Annual administration report of the Civil Veterinary Department of India - 1895-1896
Year: 1895
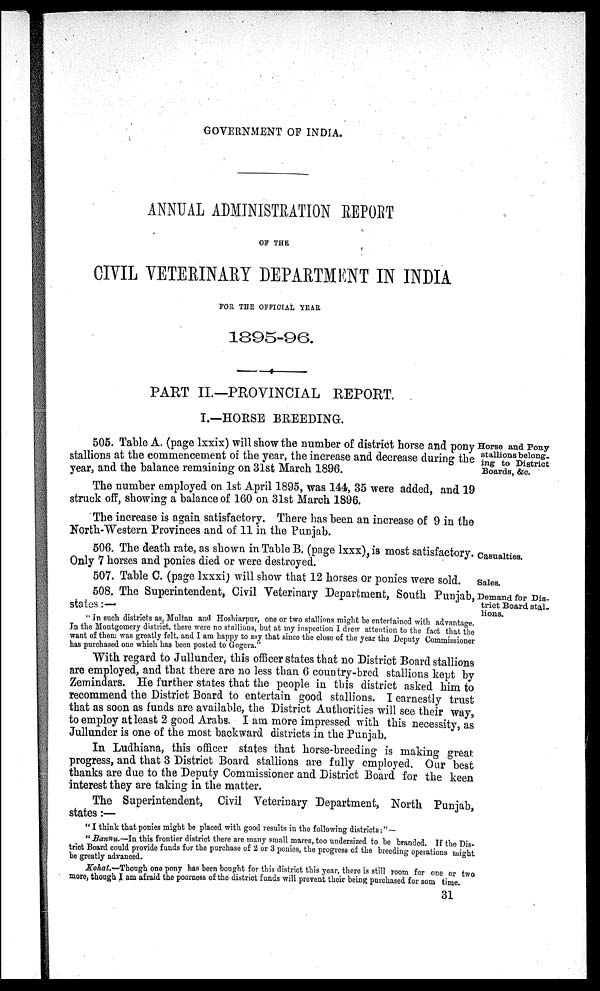
GOVERNMENT OF INDIA.
ANNUAL ADMINISTRATION REPORT
OF THE
CIVIL VETERINARY DEPARTMENT IN INDIA
FOR THE OFFICIAL YEAR
1895-96.
PART II.—PROVINCIAL REPORT.
I.—HORSE BREEDING.
Horse and Pony
stallions belong-
ing to District
Boards, &c.
505. Table A. (page lxxix) will show the number of district horse and pony
stallions at the commencement of the year, the increase and decrease during the
year, and the balance remaining on 31st March 1896.
The number employed on 1st April 1895, was 144, 35 were added, and 19
struck off, showing a balance of 160 on 31st March 1896.
The increase is again satisfactory. There has been an increase of 9 in the
North-Western Provinces and of 11 in the Punjab.
Casualties.
506. The death rate, as shown in Table B. (page lxxx), is most satisfactory.
Only 7 horses and ponies died or were destroyed.
Sales.
507. Table C. (page lxxxi) will show that 12 horses or ponies were sold.
Demand for Dis-
trict Board stal-
lions.
508. The Superintendent, Civil Veterinary Department, South Punjab,
states :—
"In such districts as Multan and Hoshiarpur, one or two stallions might be entertained with advantage
In the Montgomery district, there were no stallions, but at my inspection I drew attention to the fact that the
want of them was greatly felt, and I am happy to say that since the close of the year the Deputy Commissioner
has purchased one which has been posted to Gogera."
With regard to Jullunder, this officer states that no District Board stallions
are employed, and that there are no less than 6 country-bred stallions kept by
Zemindars. He further states that the people in this district asked him to
recommend the District Board to entertain good stallions. I earnestly trust
that as soon as funds are available, the District Authorities will see their way,
to employ at least 2 good Arabs. I am more impressed with this necessity as
Jullunder is one of the most backward districts in the Punjab.
In Ludhiana, this officer states that horse-breeding is making great
progress, and that 3 District Board stallions are fully employed. Our best
thanks are due to the Deputy Commissioner and District Board for the keen
interest they are taking in the matter.
The Superintendent, Civil Veterinary Department, North Punjab
states :—
"I think that ponies might be placed with good results in the following districts:"—
"
Bannu.—In this frontier district there are many small mares, too undersized to be branded If the Dis-
trict Board could provide funds for the purchase of 2 or 3 ponies, the progress of the breeding operations might
be greatly advanced.
Kohat.—Though one pony has been bought for this district this year, there is still room for one or two
more, though I am afraid the poorness of the district funds will prevent their being purchased for som time.
31